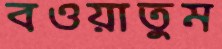
বওয়াতুম